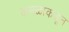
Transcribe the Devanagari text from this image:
कमळाकडून